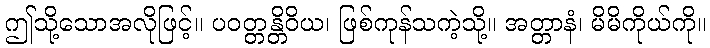
ဤသို့သောအလိုဖြင့်။ ပဝတ္တန္တိဝိယ၊ ဖြစ်ကုန်သကဲ့သို့။ အတ္တာနံ၊ မိမိကိုယ်ကို။